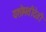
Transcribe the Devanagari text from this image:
यशोमतीदेवी